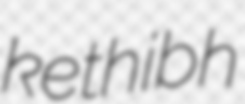
kethibh